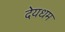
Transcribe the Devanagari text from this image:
देयधम